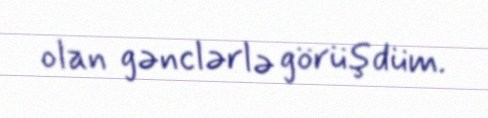
olan gənclərlə görüşdüm.